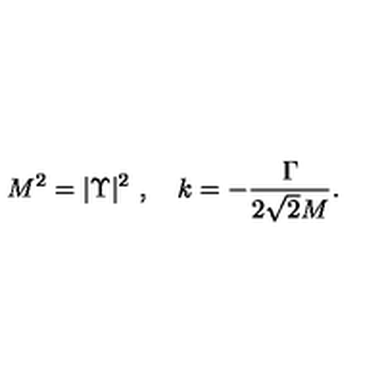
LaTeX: M ^ { 2 } = | \Upsilon | ^ { 2 } \ , \quad k = - \frac { \Gamma } { 2 \sqrt { 2 } M } .